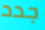
جدد